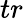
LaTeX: tr